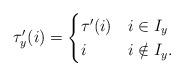
LaTeX: \begin{align*}\tau'_y(i) = \begin{cases}\tau'(i) &i \in I_y \\i &i \notin I_y.\end{cases}\end{align*}